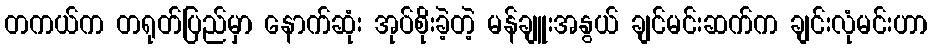
တကယ်က တရုတ်ပြည်မှာ နောက်ဆုံး အုပ်စိုးခဲ့တဲ့ မန်ချူးအနွယ် ချင်မင်းဆက်က ချင်းလုံမင်းဟာ